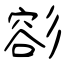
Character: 彮